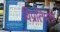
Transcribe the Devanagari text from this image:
विप्रतिपन्न